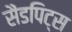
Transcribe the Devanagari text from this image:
सैंडपिट्स